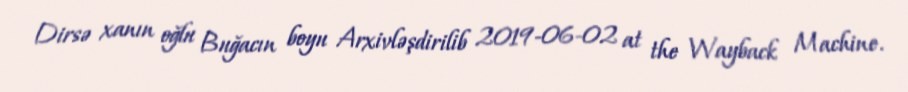
Dirsə xanın oğlu Buğacın boyu Arxivləşdirilib 2019-06-02 at the Wayback Machine.